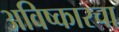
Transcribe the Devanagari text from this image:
अविष्कारचा